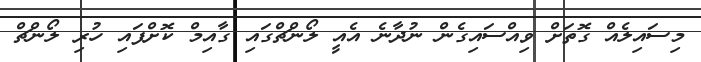
މިސައިލެއް ގޮތަށް ވިއްސައިގެން ނުދާނެ އެއީ ލޯންޗްގައި ގާއިމް ކޮށްފައި ހުރި ލޯންޗް